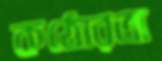
কঠোরতা